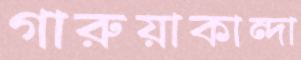
গারুয়াকান্দা